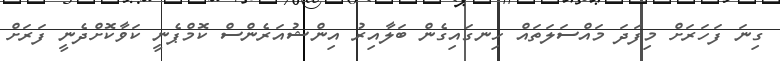
ގިނަ ފަހަރަށް މިފަދަ މައްސަލަތައް ހިނގައިގެން ބަލާއިރު އިންޝުއަރެންސް ކޮމްޕެނީ ކަވާކޮށްދެނީ ފަރަށް